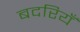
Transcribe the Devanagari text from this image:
बदरियँ